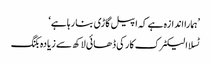
’ہمارا اندازہ ہے کہ اپیل گاڑی بنا رہا ہے‘
ٹسلا الیکٹرک کار کی ڈھائی لاکھ سے زیادہ بکنگ